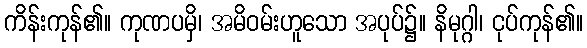
ကိန်းကုန်၏။ ကုဏပမှိ၊ အမိဝမ်းဟူသော အပုပ်၌။ နိမုဂ္ဂါ၊ ငုပ်ကုန်၏။